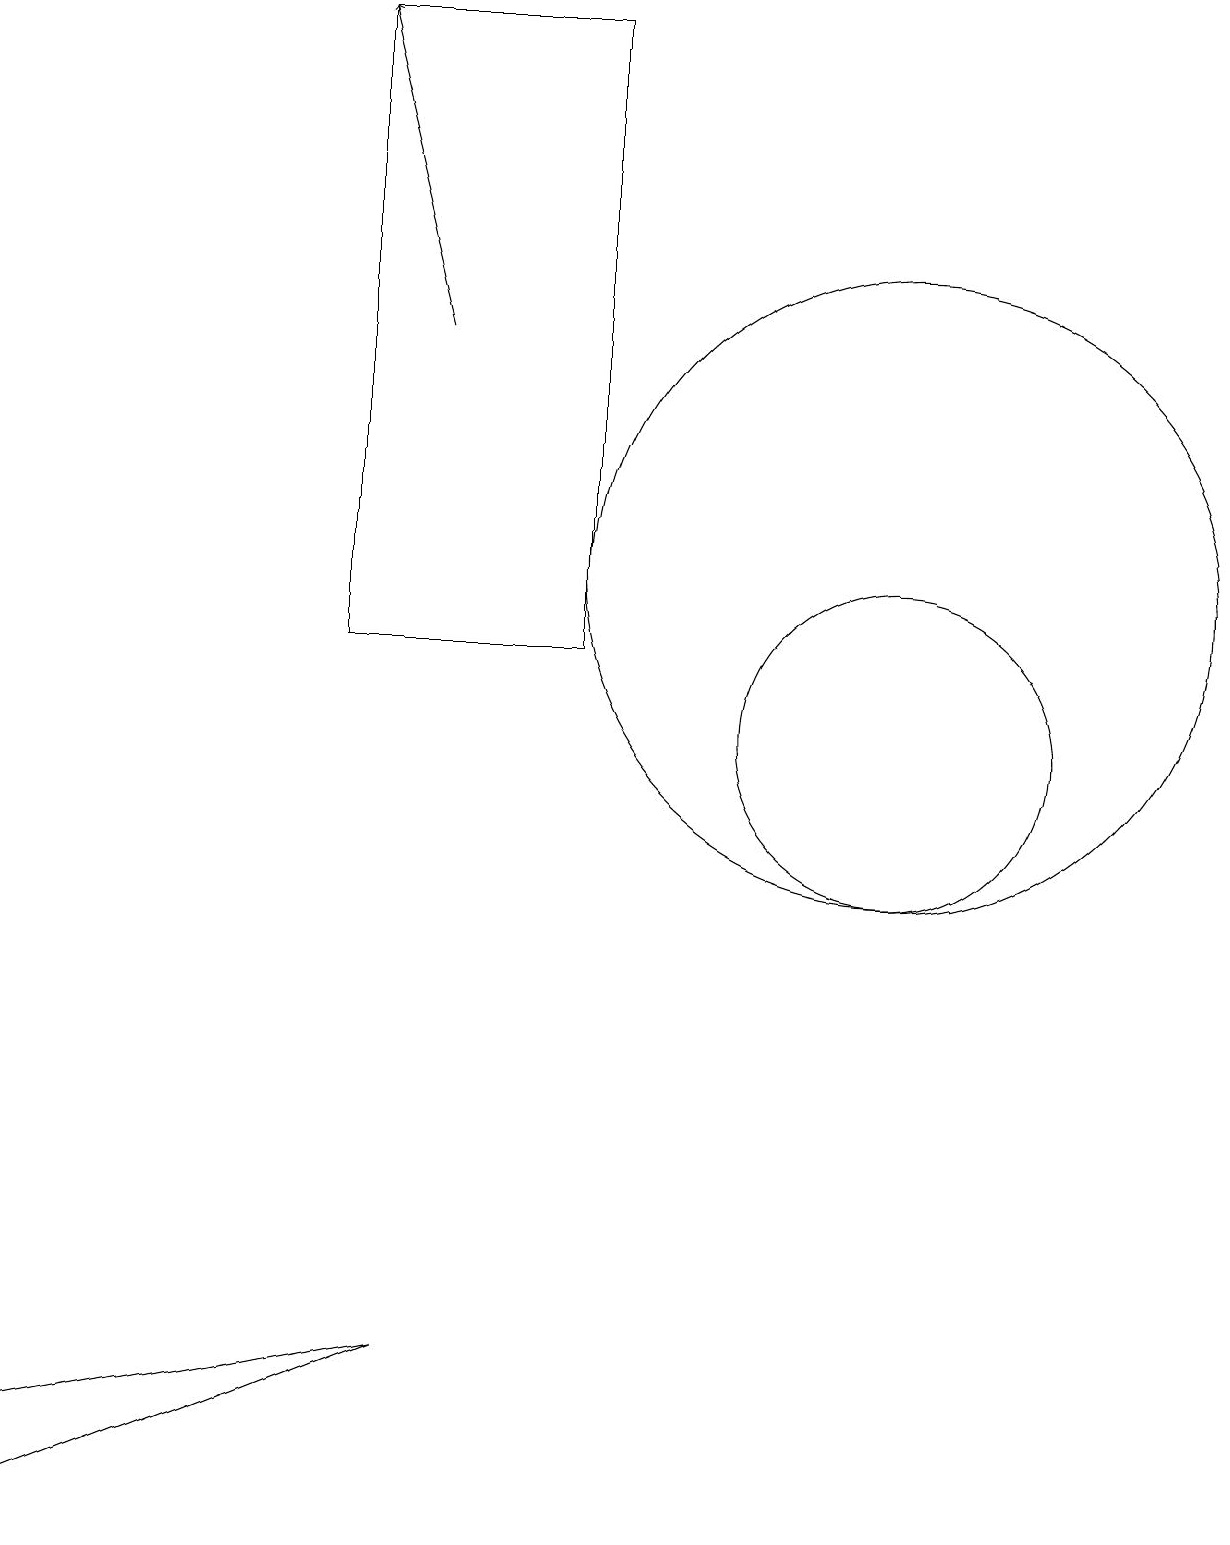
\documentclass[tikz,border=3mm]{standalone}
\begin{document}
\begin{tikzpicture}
\draw[->] (6,15) -- (5,19);
\draw (12,10) circle (2);
\draw (5,11) rectangle (8,19);
\draw (6,2) -- (1,1) -- (1,0) -- cycle;
\draw (12,12) circle (4);
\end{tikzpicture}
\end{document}